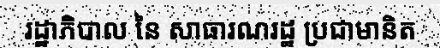
រដ្ឋាភិបាល នៃ សាធារណរដ្ឋ ប្រជាមានិត